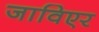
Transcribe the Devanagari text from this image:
जाविएर